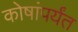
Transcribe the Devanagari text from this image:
कोषांपर्यंत